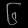
Digit: ၆